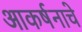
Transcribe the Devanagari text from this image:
आकर्षनाचे